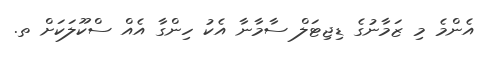
އެންމެ މި ޒަމާނުގެ ޑިޖިޓަލް ސާމާނާ އެކު ހިންގާ އެއް ސްކޫލަކަށް ތ.